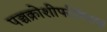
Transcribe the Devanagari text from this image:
पञ्चक्रोशीपरीमितम्।